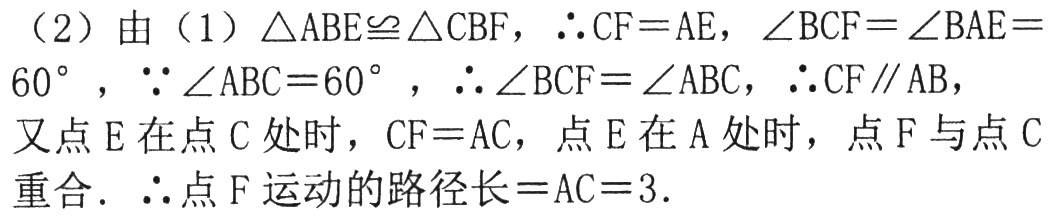
（2）由（1）$\triangle ABE\cong\triangle CBF$，$\therefore CF = AE$，$\angle BCF=\angle BAE = 60^{\circ}$，$\because\angle ABC = 60^{\circ}$，$\therefore\angle BCF=\angle ABC$，$\therefore CF\parallel AB$，又点$E$在点$C$处时，$CF = AC$，点$E$在$A$处时，点$F$与点$C$重合. $\therefore$点$F$运动的路径长$=AC = 3$.